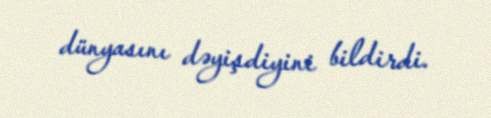
dünyasını dəyişdiyini bildirdi.